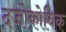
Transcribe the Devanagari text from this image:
दजोकोविक